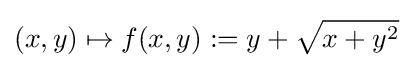
(x,y)\mapsto f(x,y):=y+{\sqrt {x+y^{2}}}